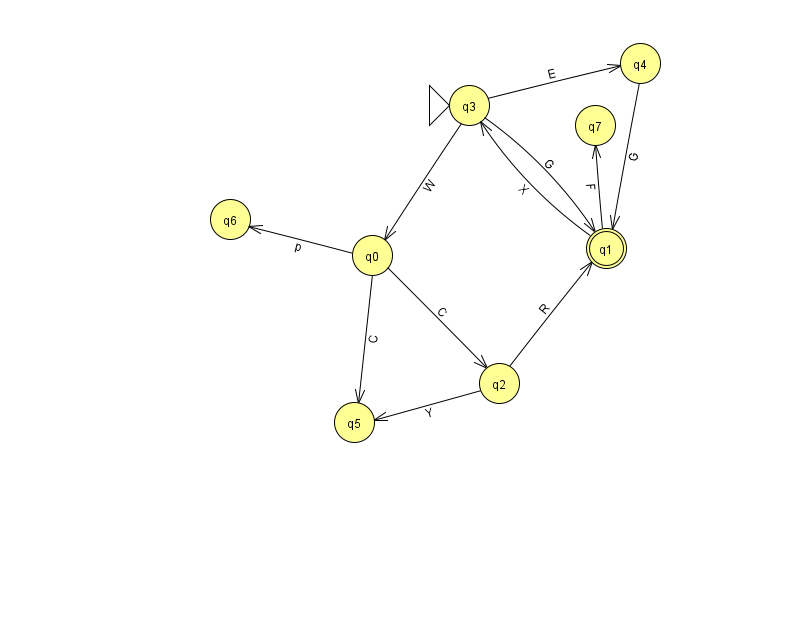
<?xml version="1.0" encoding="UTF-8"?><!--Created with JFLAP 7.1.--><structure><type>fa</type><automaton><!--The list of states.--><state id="0" name="q0"><x>372.0</x><y>242.0</y></state><state id="1" name="q1"><x>606.0</x><y>235.0</y><final/></state><state id="2" name="q2"><x>499.0</x><y>370.0</y></state><state id="3" name="q3"><x>469.0</x><y>92.0</y><initial/></state><state id="4" name="q4"><x>640.0</x><y>50.0</y></state><state id="5" name="q5"><x>354.0</x><y>409.0</y></state><state id="6" name="q6"><x>230.0</x><y>206.0</y></state><state id="7" name="q7"><x>595.0</x><y>112.0</y></state><!--The list of transitions.--><transition><from>0</from><to>6</to><read>p</read></transition><transition><from>1</from><to>3</to><read>X</read></transition><transition><from>2</from><to>1</to><read>R</read></transition><transition><from>4</from><to>1</to><read>G</read></transition><transition><from>0</from><to>2</to><read>C</read></transition><transition><from>2</from><to>5</to><read>Y</read></transition><transition><from>0</from><to>5</to><read>C</read></transition><transition><from>3</from><to>0</to><read>W</read></transition><transition><from>3</from><to>4</to><read>E</read></transition><transition><from>1</from><to>7</to><read>F</read></transition><transition><from>3</from><to>1</to><read>G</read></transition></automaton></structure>